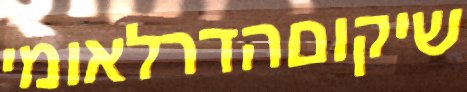
שיקוםהדרלאומי